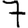
Digit: 7